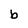
Character: b